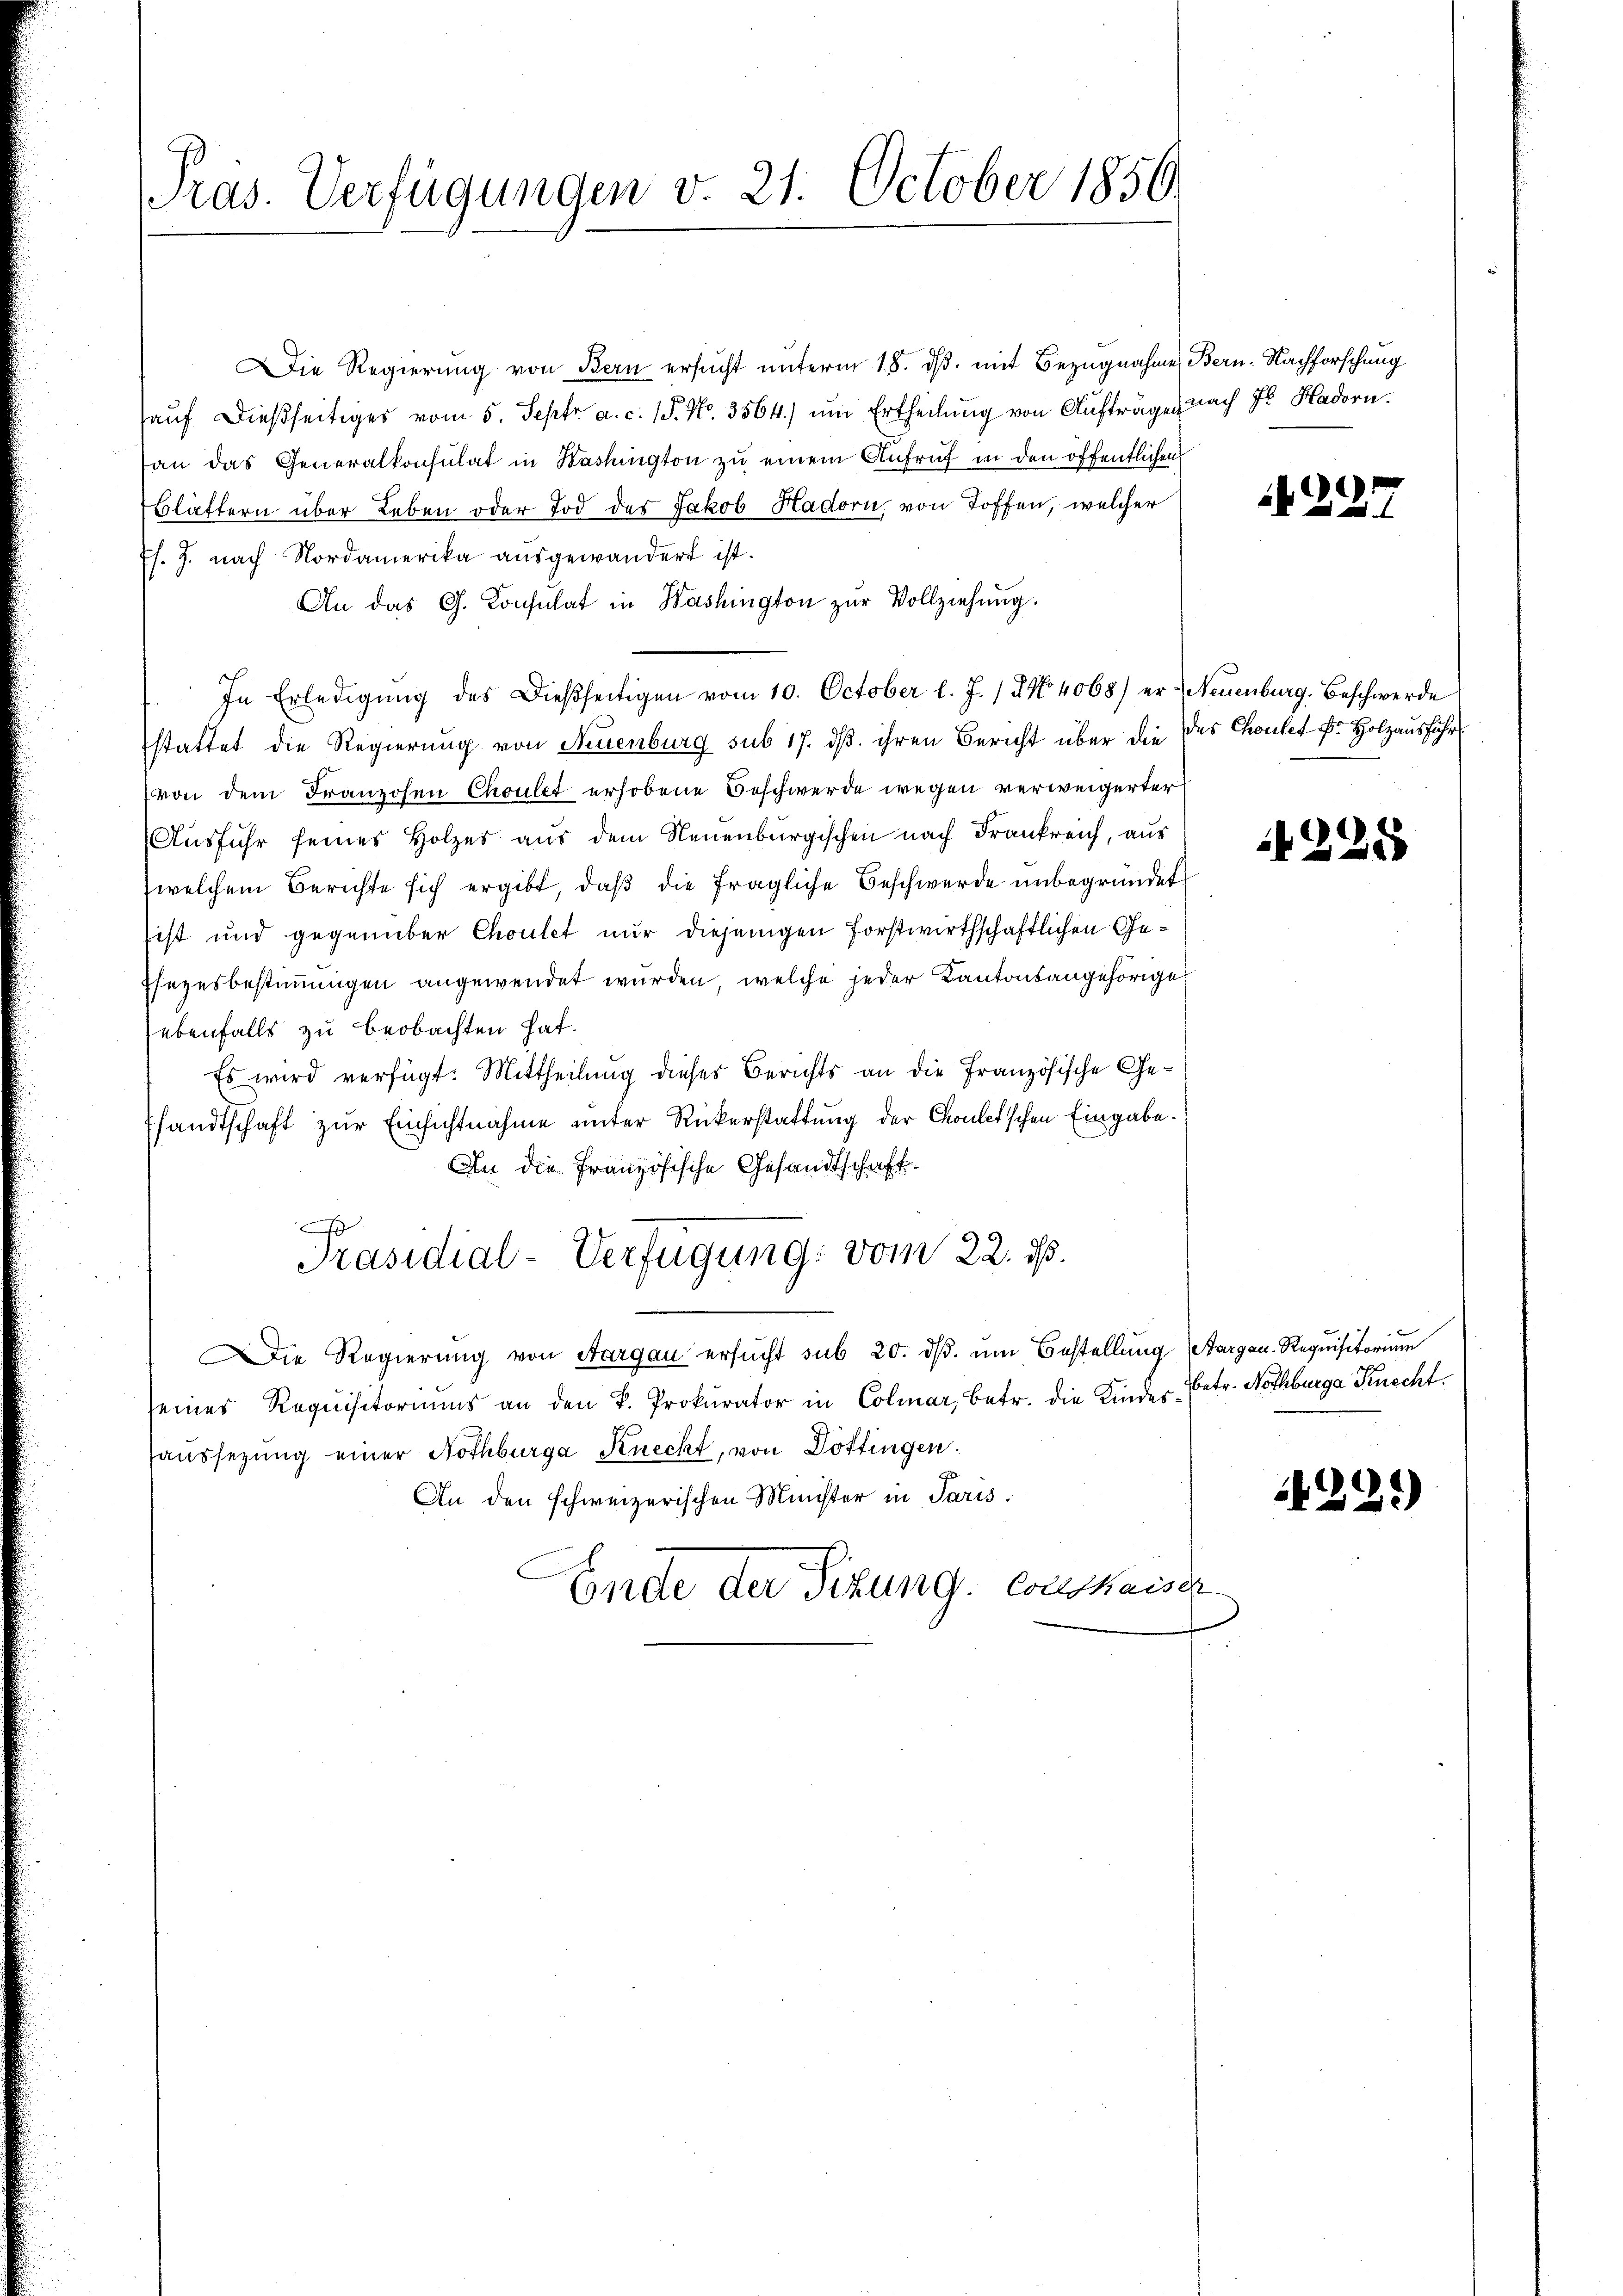
Präs. Verfügungen v. 21. October 1856

Die Regierung von Bern ersucht unterm 18. ds. mit Bezugnahme, Bern. Nachforschung
aŭf dießseitiges vom 5. Septr a. c. 15. No. 3564) ŭm Ertheilŭng von Auftrage nach 7 Hadorn.
an das Generalkonsulat in Washington zu einem Aufruf in den öffentlichen
blättern über Leben oder Tod des Jakob Hadorn, von Toffen, welcher
Es. J. nach Nordamerika ausgewandert ist.
An das G. Consulat in Washington zŭr Vollziehung.
In Erledigŭng des Dießseitigen vom 10. October l. J. 174. 4068) er Neuenburg. Beschwerde
stattet die Regierung von Neuenburg sub 17. dß. ihren Bericht über die des Cholet Fr. Holzausführ
von dem Franzosen Choulet erhobene Beschwerde wegen verweigerter
Ausfuhr seines Holzes aus dem Neuenburgischen nach Frankreich, aus
welchem Berichte sich ergibt, daβ die fragliche Beschwerde unbegründet
sist und gegenüber Choulet nur diejenigen forstwirthschaftlichen Ge¬
Esezesbestimmungen angewendet wurden, welche jeder Kantonsangehörige
ebenfalls zu beobachten hat.
Es wird verfügt: Mittheilung dieses Berichts an die Französische Ge¬
Pfandtschaft zur Einsichtnahme unter Rückerstattung der Choletschen Eingabe.
An die Französische Gesandtschaft.
s
Präsidial-Verfügung: vom 22. 16.
Die Regierŭng von Aargau ersŭcht sub 20. dβ. ŭm Bestellŭng Aargau-Requisitoriŭm
seines Requisitoriums an den k. Prokurator in Colmar, betr. die Kinder-Betr. Nothbarga Knecht.
haussetzung einer Nothbürga Knecht, von Döttingen.
An den schweizerischen Minister in Paris.
Ende der Sitzung. Conskaiser

227

228

1221)